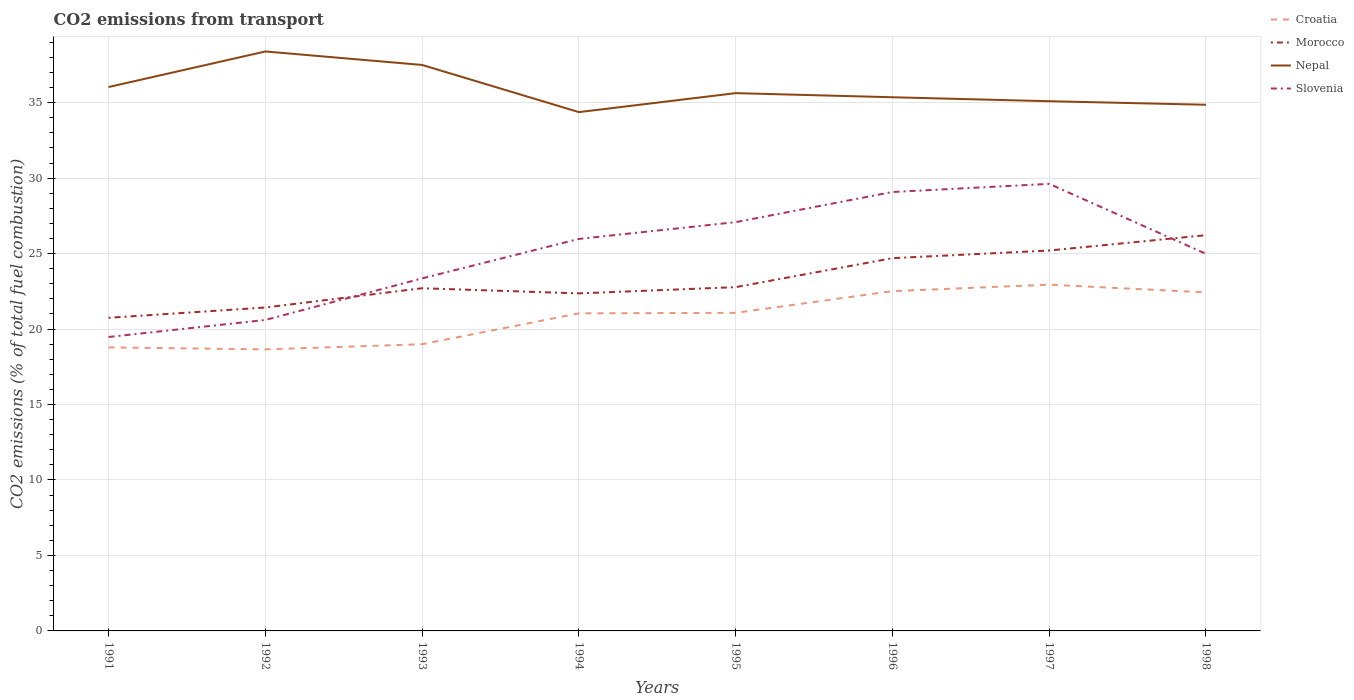
| Years | Croatia | Morocco | Nepal | Slovenia |
 | --- | --- | --- | --- | --- |
 | 1991 | 18.8 | 20.7 | 36 | 19.5 |
 | 1992 | 18.7 | 21.4 | 38.4 | 20.6 |
 | 1993 | 19 | 22.7 | 37.5 | 23.4 |
 | 1994 | 21 | 22.4 | 34.4 | 26 |
 | 1995 | 21.1 | 22.8 | 35.6 | 27.1 |
 | 1996 | 22.5 | 24.7 | 35.4 | 29.1 |
 | 1997 | 22.9 | 25.2 | 35.1 | 29.6 |
 | 1998 | 22.4 | 26.2 | 34.9 | 25 |